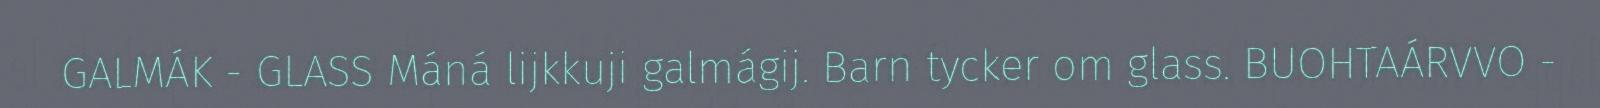
GALMÁK - GLASS Máná lijkkuji galmágij. Barn tycker om glass. BUOHTAÁRVVO -